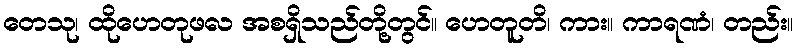
တေသု၊ ထိုဟေတုဖလ အစရှိသည်တို့တွင်။ ဟေတူတိ၊ ကား။ ကာရဏံ၊ တည်း။